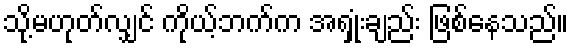
သို့မဟုတ်လျှင် ကိုယ့်ဘက်က အရှုံးချည်း ဖြစ်နေသည်။